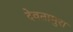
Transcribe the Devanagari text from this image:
देवतामुरा